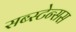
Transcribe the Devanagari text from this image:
सब्स्टेन्सस